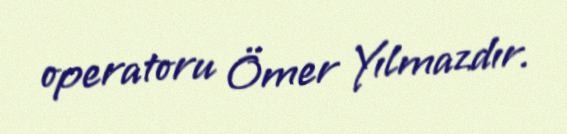
operatoru Ömer Yılmazdır.